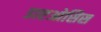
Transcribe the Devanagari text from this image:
डाएओसिस